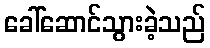
ခေါ်ဆောင်သွားခဲ့သည်